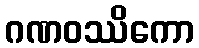
ဂဏဝဿိကော